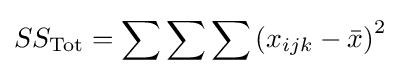
SS_{\text{Tot}}=\sum \sum \sum \left(x_{ijk}-{\bar {x}}\right)^{2}